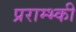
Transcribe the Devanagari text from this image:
प्रराम्भ्की